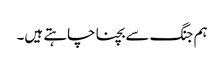
ہم جنگ سے بچنا چاہتے ہیں۔